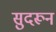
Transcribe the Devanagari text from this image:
सुदरून